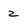
Character: z